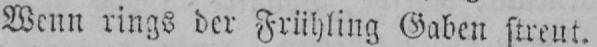
Wenn rings der Frühling Gaben streut.